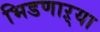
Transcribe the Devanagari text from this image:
भिडणाऱ्या